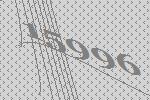
15996